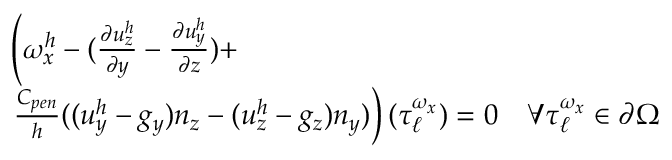
\begin{array} { r l } & { \left( \omega _ { x } ^ { h } - ( \frac { \partial u _ { z } ^ { h } } { \partial y } - \frac { \partial u _ { y } ^ { h } } { \partial z } ) + \right. } \\ & { \left. \frac { C _ { p e n } } { h } ( ( u _ { y } ^ { h } - g _ { y } ) n _ { z } - ( u _ { z } ^ { h } - g _ { z } ) n _ { y } ) \right) ( \boldsymbol { \tau } _ { \ell } ^ { \omega _ { x } } ) = 0 \quad \forall \boldsymbol { \tau } _ { \ell } ^ { \omega _ { x } } \in \partial \Omega } \end{array}